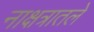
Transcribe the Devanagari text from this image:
नाक्षत्रातले